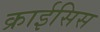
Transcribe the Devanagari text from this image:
क्राईसिस